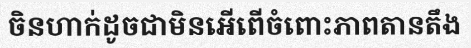
ចិនហាក់ដូចជាមិនអើពើចំពោះភាពតានតឹង